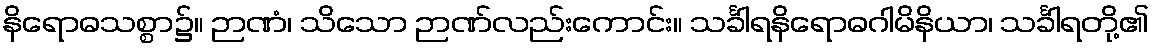
နိရောဓသစ္စာ၌။ ဉာဏံ၊ သိသော ဉာဏ်လည်းကောင်း။ သင်္ခါရနိရောဓဂါမိနိယာ၊ သင်္ခါရတို့၏